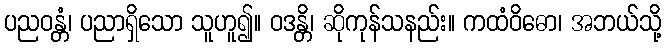
ပညဝန္တံ၊ ပညာရှိသော သူဟူ၍။ ဝဒန္တိ၊ ဆိုကုန်သနည်း။ ကထံဝိဓော၊ အဘယ်သို့